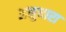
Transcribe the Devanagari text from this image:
अनुधारा